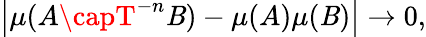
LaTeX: \left|\mu(A\capT^{-n}\mathit{B})-\mu(A)\mu(\mathit{B})\right|\to0,